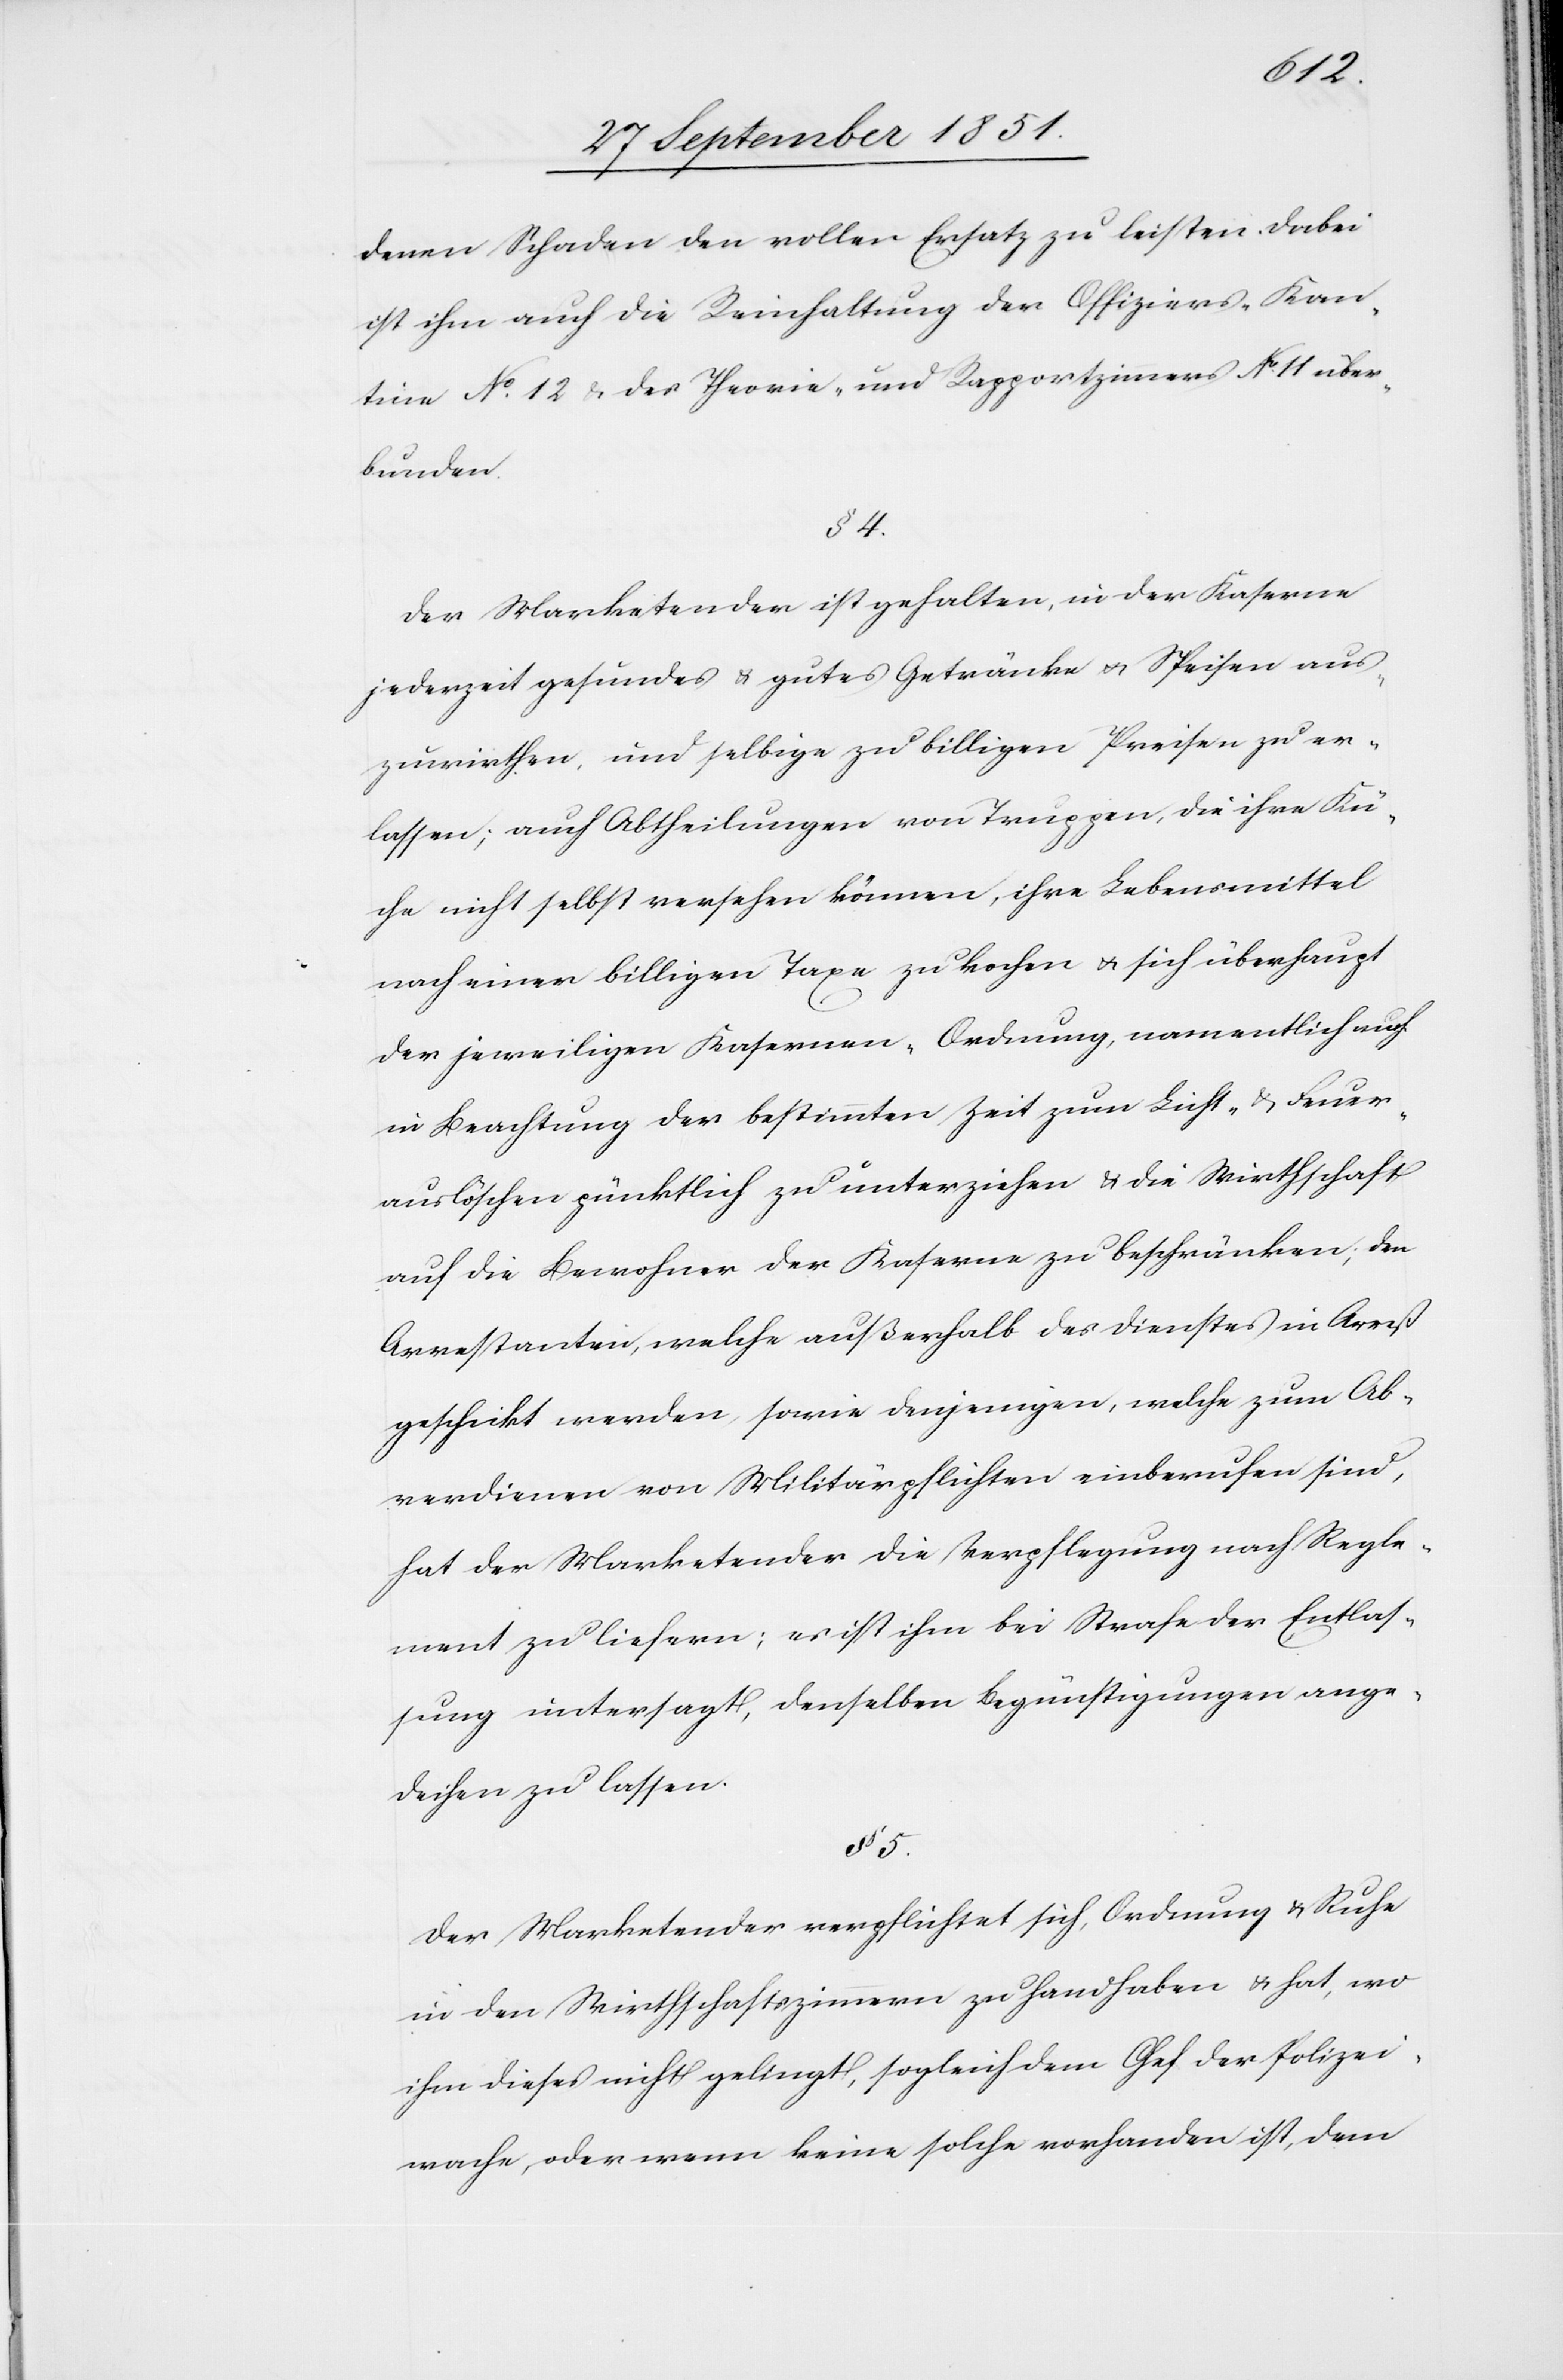
denen Schaden den vollen Ersatz zu leisten. Dabei
ist ihm auch die Reinhaltung der Offiziers-Kan¬
tine No. 12 & des Theorie- und Rapportzimmers No 11 über¬
bunden.
§ 4.
Der Marketender ist gehalten, in der Kaserne
jederzeit gesundes & gutes [sic!] Getränke & Speisen aus¬
zuwirthen, und selbige zu billigen Preisen zu er¬
lassen; auch Abtheilungen von Truppen, die ihre Kü¬
che nicht selbst versehen können, ihre Lebensmittel
nach einer billigen Taxe zu kochen & sich überhaupt
der jeweiligen Kasernen-Ordnung, namentlich auch
in Beachtung der bestimmten Zeit zum Licht- & Feuer¬
auslöschen pünktlich zu unterziehen & die Wirthschaft
auf die Bewohner der Kaserne zu beschränken; den
Arrestanten, welche außerhalb des Dienstes in Arrest
geschickt werden, sowie denjenigen, welche zum Ab¬
verdienen von Militärpflichten einberufen sind,
hat der Marketender die Verpflegung nach Regle¬
ment zu liefern; es ist ihm bei Strafe der Entlas¬
sung untersagt, denselben Begünstigungen ange¬
deihen zu lassen.
§ 5.
Der Marketender verpflichtet sich, Ordnung & Ruhe
in den Wirthschaftszimmern zu handhaben & hat, wo
ihm dieses nicht gelingt, sogleich dem Chef der Polizei¬
wache, oder wenn keine solche vorhanden ist, dem